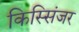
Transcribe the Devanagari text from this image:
किस्सिंजर